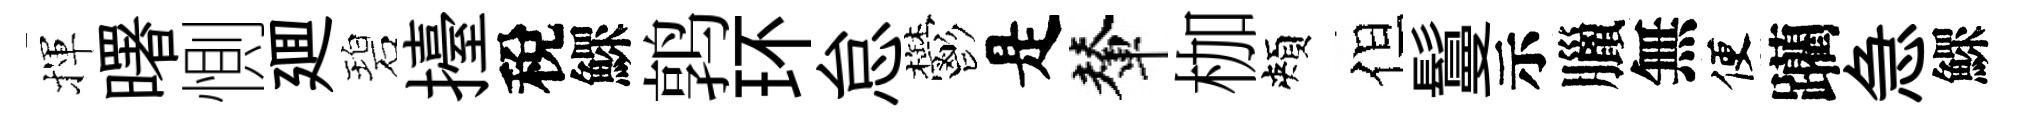
揮曙惻廽碧擡稅鰥鹑环怠鬱是輦枷頰但鬘示臘無便躪急鰥